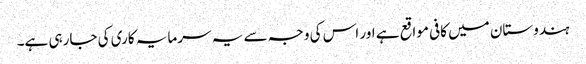
ہندوستان میں کافی مواقع ہے اور اس کی وجہ سے یہ سرمایہ کاری کی جارہی ہے۔